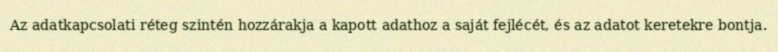
Az adatkapcsolati réteg szintén hozzárakja a kapott adathoz a saját fejlécét, és az adatot keretekre bontja.